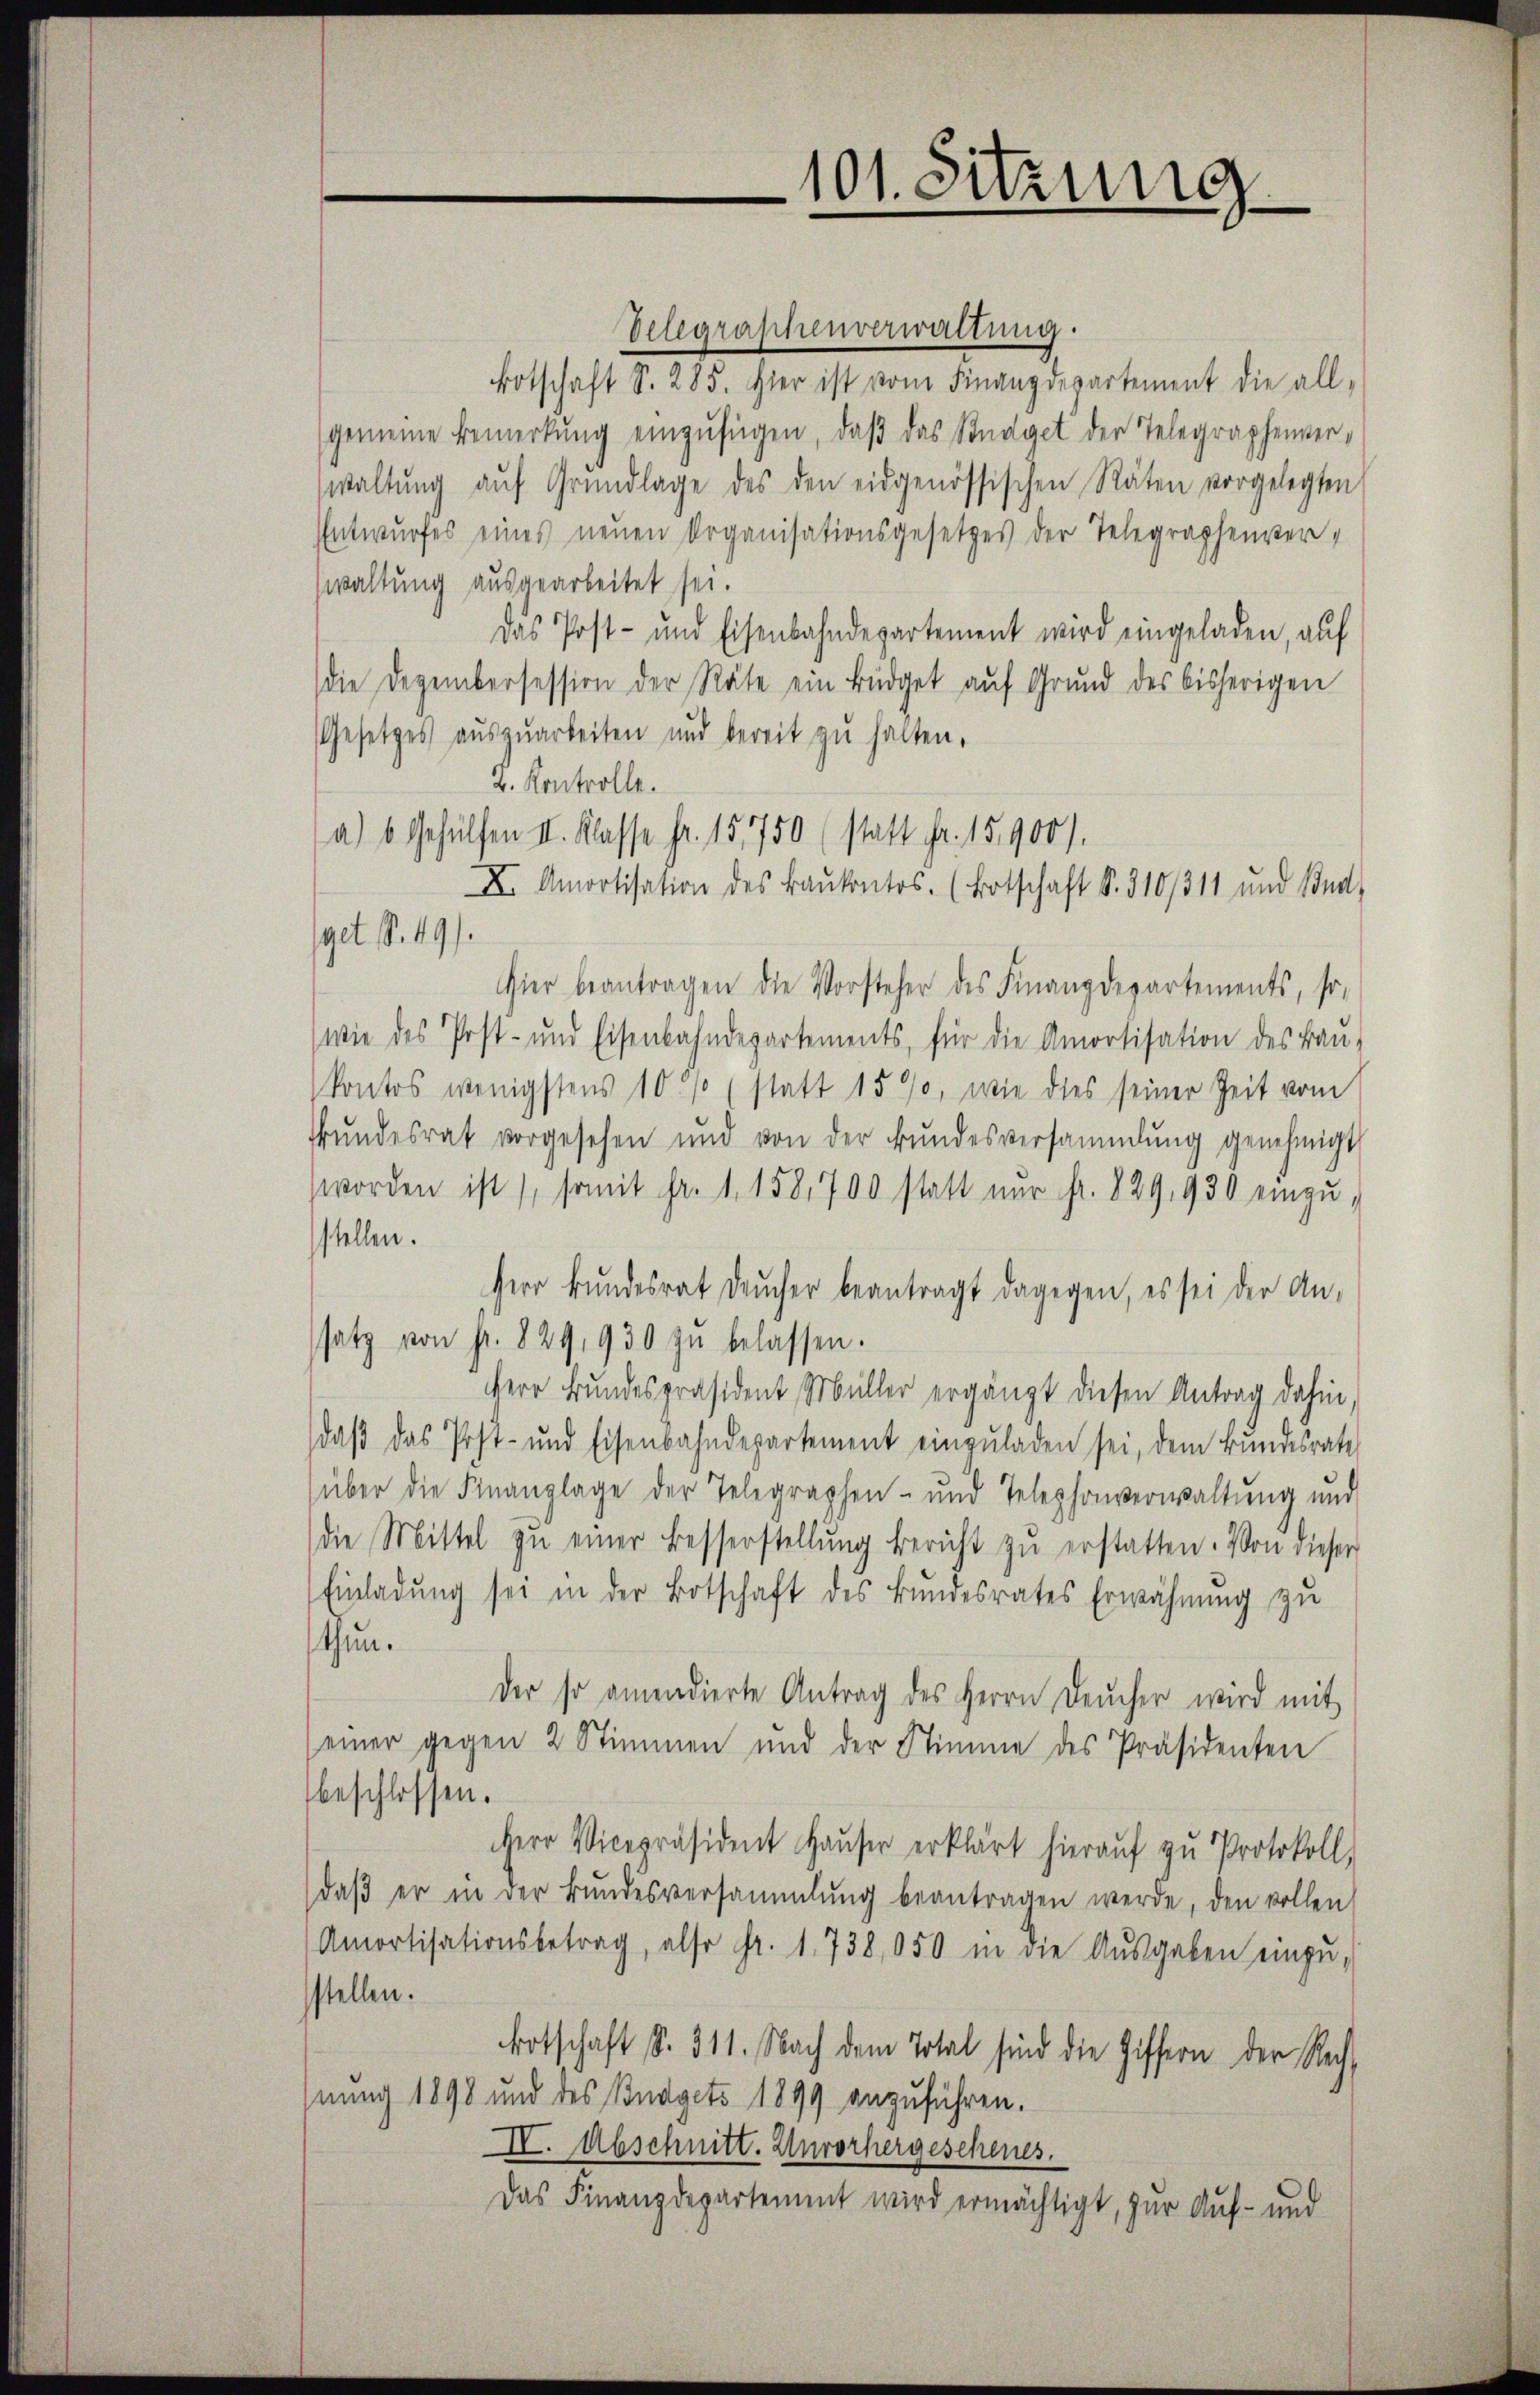
101. Sitzung

Velegraphenverwaltung.
Botschaft S. 285. Hier ist vom Finanzdepartement die allgemeine Bemerkŭng einzŭfügen, daβ das Büdget der Telegraphenver-
waltŭng aŭf Grŭndlage des den eidgenössischen Räten vorgelegten
Entwurfes eines neuen Organisationsgesetzes der Telegraphenverwaltung ausgearbeitet sei.
Das Post- und Eisenbahndepartement wird eingeladen, auf
die Dezembersession der Räte ein Büdget aŭf Grund des bisherigen
Gesetzes aŭszŭarbeiten und bereit zŭ halten.
4. Kontrolle.
a) 6 Gehülfen II. Klasse fr. 15,750 (statt Fr. 15900).
X Amortisation des Baŭkontos. (Botschaft S. 310/3 11 und Kna
get S. 491.
Hier beantragen die Vorsteher des Finanzdepartements, so-
wie des Post- und Eisenbahndepartements, für die Amortisation des Baŭ-
kontos wenigstens 10 % (statt 1590, wie dies seiner Zeit vom
Bŭndesrat vorgesehen und von der Bŭndesversammlung genehmigt
worden ist), somit Fr. 1. 158,700 statt nur fr. 829, 930 einzŭ-
stellen.
Herr Bŭndesrat Drŭcher beantragt dagegen, es sei der An-
satz von fr. 829,930 zŭ belassen.
Herr Bundespräsident Müller ergänzt diesen Antrag dahin,
daβ das Post- und Eisenbahndepartement einzŭladen sei, dem Bŭndesrate
über die Finanzlage der Telegraphen- und Telephonverwaltŭng und
die Mittel zŭ einer Besserstellŭng bericht zŭ erstatten. Von dieser
Einladŭng sei in der Botschaft des Bundesrates Erwähnung zu
thun.
der so amendierte Antrag des Herrn Deucher wird mit
einer gegen 2 Stimmen und der Stimme des Präsidenten
beschlossen.
Herr Vicepräsident Hauser erklärt hierauf zu Protokoll,
daβ er in der Bŭndesversammlung beantragen werde, den vollen
Amortisationsbetrag, also fr. 1738,050 in die Aŭsgaben einzu-
stellen.
Botschaft §. 311. Nach dem Total sind die Ziffern der Rechnung 1898 und des Budgets 1899 anzuführen.
IV. Abschnitt. Unvorhergeschenes.
Das Finanzdepartement wird ermächtigt, zur Auf- und